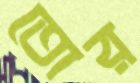
তোর